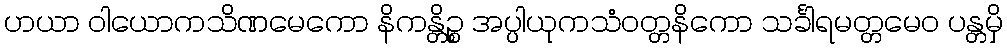
ဟယာ ဝါယောကသိဏမေကော နိကန္တိဉ္စ အပ္ပါယုကသံဝတ္တနိကော သင်္ခါရမတ္တမေဝ ပန္တမှိ